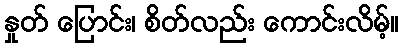
နှုတ် ပြောင်း၊ စိတ်လည်း ကောင်းလိမ့်။